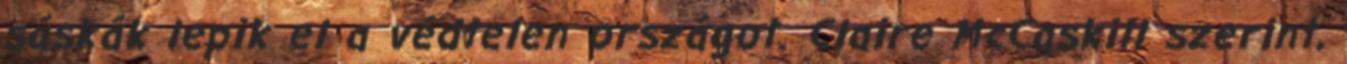
sáskák lepik el a védtelen országot. Claire McCaskill szerint,